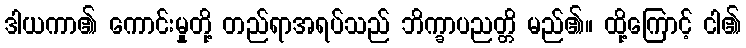
ဒါယကာ၏ ကောင်းမှုတို့ တည်ရာအရပ်သည် ဘိက္ခာပညတ္တိ မည်၏။ ထို့ကြောင့် ငါ၏